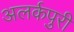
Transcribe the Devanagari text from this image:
अलर्कपुरी